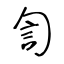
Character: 訇